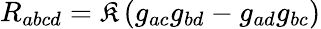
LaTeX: R_{abcd}={\cal\mathfrak{K}}\left(g_{ac}g_{bd}-g_{ad}g_{bc}\right)